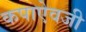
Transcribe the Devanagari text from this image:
कपाऐवजी